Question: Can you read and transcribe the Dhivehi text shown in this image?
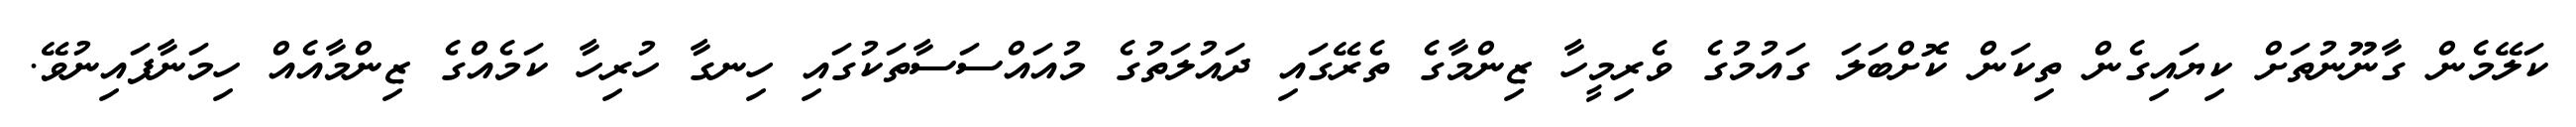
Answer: ކަލޭމެން ގާނޫނުތަށް ކިޔައިގެން ތިކަން ކޮށްބަލަ ގައުމުގެ ވެރިމީހާ ޒިންމާގެ ތެރޭގައި ދައުލަތުގެ މުއައްސަސާތަކުގައި ހިނގާ ހުރިހާ ކަމެއްގެ ޒިންމާއެއް ހިމަނާފައިނުވޭ.